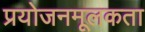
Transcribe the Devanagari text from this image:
प्रयोजनमूलकता